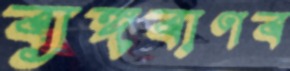
ব্যঙ্গবাণব